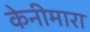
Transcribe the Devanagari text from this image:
केनीमारा